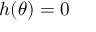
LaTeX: h ( \theta ) = 0